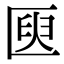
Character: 㔱